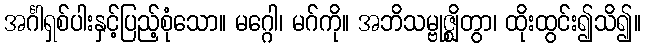
အင်္ဂါရှစ်ပါးနှင့်ပြည့်စုံသော။ မဂ္ဂေါ၊ မဂ်ကို။ အဘိသမ္ဗုဇ္ဈိတွာ၊ ထိုးထွင်း၍သိ၍။